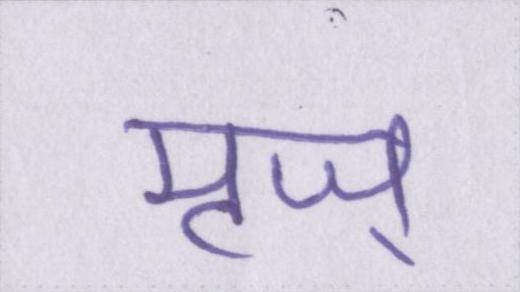
मृज्